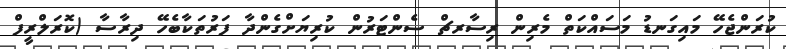
ކުރަންޖެހޭ މައިގަނޑު މަސައްކަތް މެރިން ރިސާރޗް ސެންޓަރުން ކުރިޔަށްގެންދާ ފަރުތަކާބެހޭ ދިރާސާ (ކޮރަލްރީފް